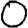
Digit: 0